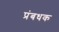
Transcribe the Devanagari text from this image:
प्रंबधक